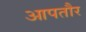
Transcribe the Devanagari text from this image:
आपतौर